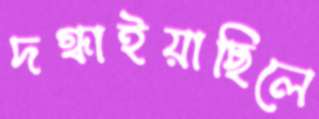
দগ্ধাইয়াছিলে